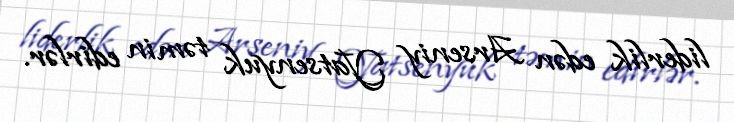
liderlik edən Arseniy Yatsenyuk təmin edirlər.